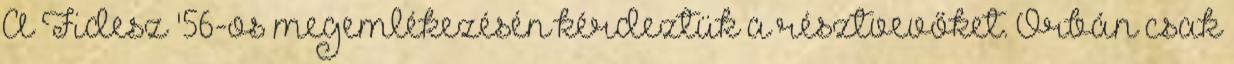
A Fidesz '56-os megemlékezésén kérdeztük a résztvevőket. Orbán csak